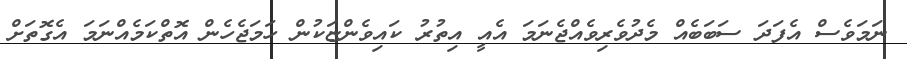
ނަމަވެސް އެފަދަ ސަބަބެއް މެދުވެރިވެއްޖެނަމަ އެއީ އިތުރު ކައިވެންޏަކުން ހަމަޖެހެން އޮތްކަމެއްނަމަ އެގޮތަށް